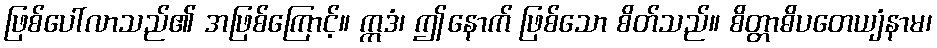
ဖြစ်ပေါ်လာသည်၏ အဖြစ်ကြောင့်။ ဣဒံ၊ ဤနောက် ဖြစ်သော စိတ်သည်။ စိတ္တာဓိပတေယျံနာမ၊